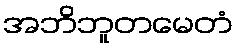
အဘိဘူတမေတံ